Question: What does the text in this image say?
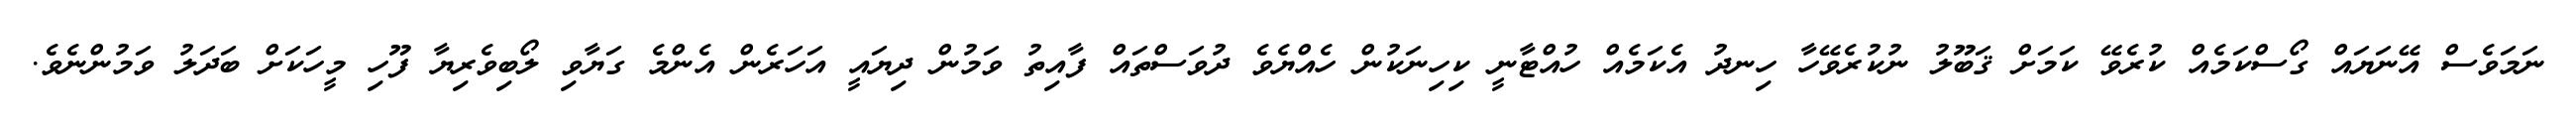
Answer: ނަމަވެސް އޭނަޔައް ގޯސްކަމެއް ކުރެވޭ ކަމަށް ޤަބޫލު ނުކުރެވޭހާ ހިނދު އެކަމެއް ހުއްޓާނީ ކިހިނަކުން ހެއްޔެވެ ދުވަސްތައް ފާއިތު ވަމުން ދިޔައީ އަހަރެން އެންމެ ގަޔާވި ލޯބިވެރިޔާ ފޫހި މީހަކަށް ބަދަލު ވަމުންނެވެ.